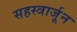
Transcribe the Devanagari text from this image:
सहस्त्रार्जून